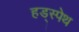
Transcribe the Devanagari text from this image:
हड्स्पेथ